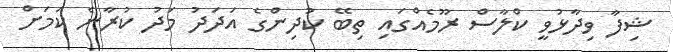
ޝިފާ ވިދާޅުވީ ކްލާސް ރޫމެއްގައި ތިބޭ ކުދިންގެ އަދަދު މަދު ކުރާނެ ކަމަށް